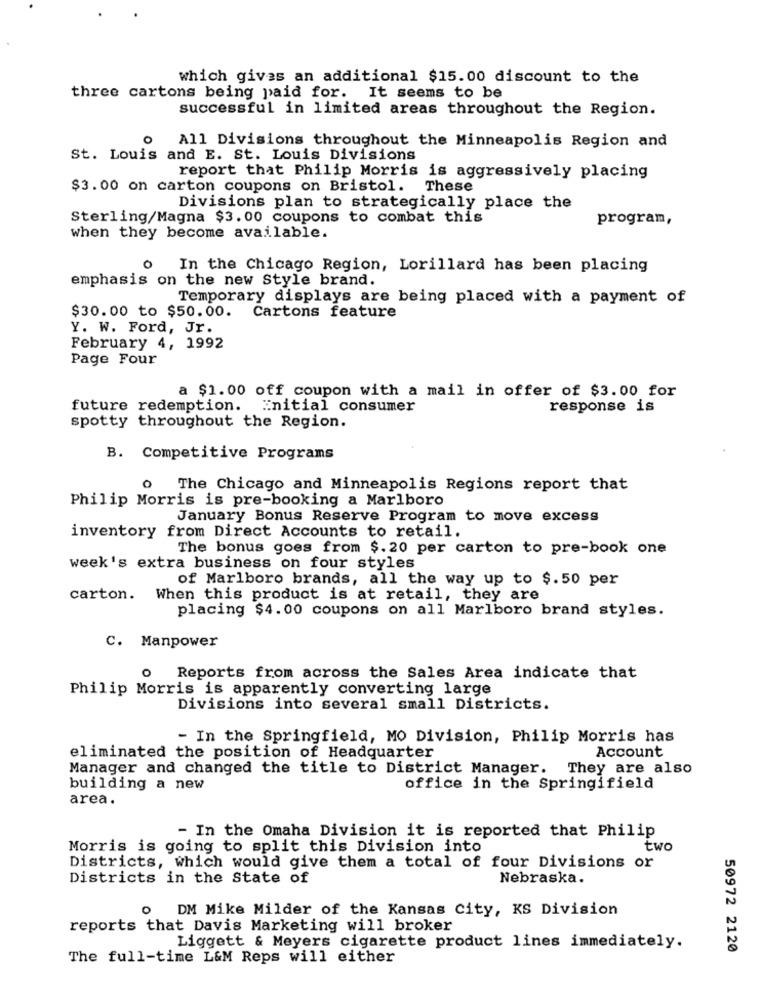
which gives an additional $15.00 discount to the
three cartons being paid for. It seems to be
successful in limited areas throughout the Region.
o All Divisions throughout the Minneapolis Region and
St. Louis and E. St. Louis Divisions
report that Philip Morris is aggressively placing
$3.00 on carton coupons on Bristol. These
Divisions plan to strategically place the
Sterling/Magna $3.00 coupons to combat this
program,
when they become available.
0
In the Chicago Region, Lorillard has been placing
emphasis on the new Style brand.
Temporary displays are being placed with a payment of
$30.00 to $50.00. Cartons feature
Y. W. Ford, Jr.
February 4, 1992
Page Four
a $1.00 off coupon with a mail in offer of $3.00 for
future redemption. Initial consumer
response is
spotty throughout the Region.
B. Competitive Programs
0 The Chicago and Minneapolis Regions report that
Philip Morris is pre-booking a Marlboro
January Bonus Reserve Program to move excess
inventory from Direct Accounts to retail.
The bonus goes from $. 20 per carton to pre-book one
week's extra business on four styles
of Marlboro brands, all the way up to $.50 per
carton. When this product is at retail, they are
placing $4.00 coupons on all Marlboro brand styles.
C. Manpower
o Reports from across the Sales Area indicate that
Philip Morris is apparently converting large
Divisions into several small Districts.
- In the Springfield, MO Division, Philip Morris has
Account
eliminated the position of Headquarter
Manager and changed the title to District Manager. They are also
building a new
office in the Springifield
area.
- In the Omaha Division it is reported that Philip
Morris is going to split this Division into
two
Districts, which would give them a total of four Divisions or
Districts in the State of
Nebraska.
DM Mike Milder of the Kansas City, KS Division
reports that Davis Marketing will broker
Liggett & Meyers cigarette product lines immediately.
50972 2120
The full-time L&M Reps will either